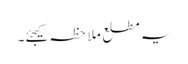
یہ مطلع ملاحظہ کیجئے۔